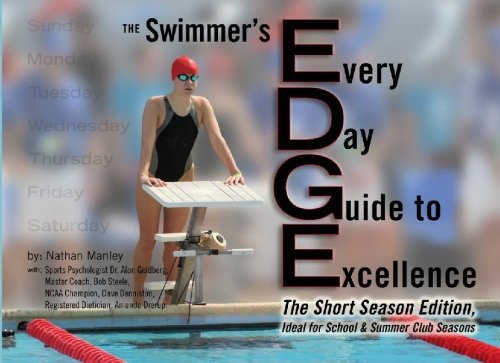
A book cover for The EDGE: The Swimmer's Every Day Guide to Excellence; Nathan Manley; Sports & Outdoors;